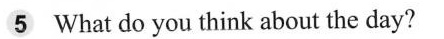
5 What do you think about the day?